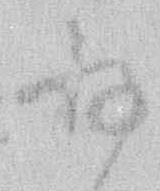
存